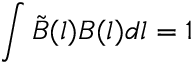
\int \tilde { B } ( l ) B ( l ) d l = 1